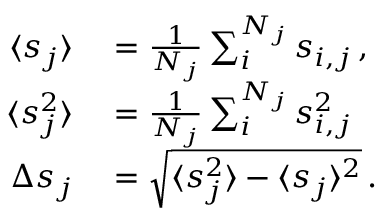
\begin{array} { r l } { \langle s _ { j } \rangle } & { { } = \frac { 1 } { N _ { j } } \sum _ { i } ^ { N _ { j } } s _ { i , j } \, , } \\ { \langle s _ { j } ^ { 2 } \rangle } & { { } = \frac { 1 } { N _ { j } } \sum _ { i } ^ { N _ { j } } s _ { i , j } ^ { 2 } \, } \\ { \Delta s _ { j } } & { { } = \sqrt { \langle s _ { j } ^ { 2 } \rangle - \langle s _ { j } \rangle ^ { 2 } } \, . } \end{array}